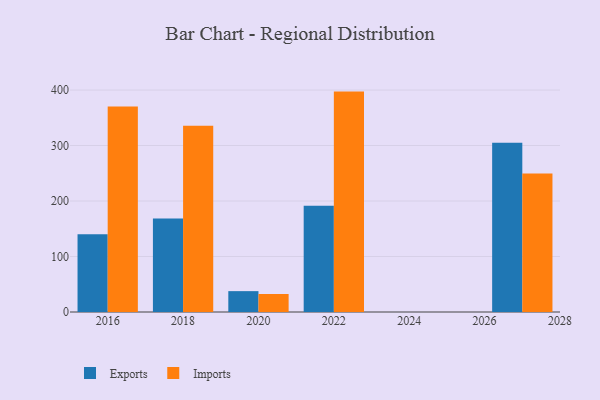
{"axis": {"x": "Year", "y": "Operating Costs (USD K)"}, "legend": ["Exports", "Imports"], "data": [{"x": "2020", "y": 37.6, "type": "Exports"}, {"x": "2020", "y": 32.5, "type": "Imports"}, {"x": "2018", "y": 168.4, "type": "Exports"}, {"x": "2018", "y": 335.8, "type": "Imports"}, {"x": "2016", "y": 140.1, "type": "Exports"}, {"x": "2016", "y": 370.4, "type": "Imports"}, {"x": "2027", "y": 305.0, "type": "Exports"}, {"x": "2027", "y": 249.8, "type": "Imports"}, {"x": "2022", "y": 191.5, "type": "Exports"}, {"x": "2022", "y": 397.2, "type": "Imports"}]}